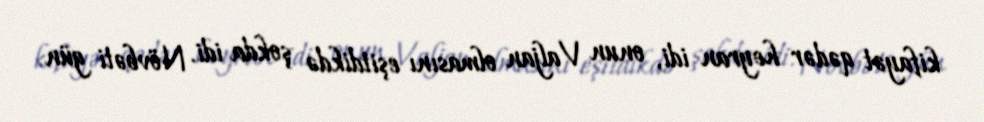
kifayət qədər heyran idi, onun Valjan olmasını eşitdikdə şokda idi. Növbəti gün